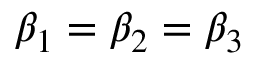
\beta _ { 1 } = \beta _ { 2 } = \beta _ { 3 }